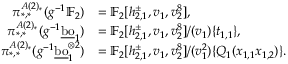
\begin{array} { r l } { \pi _ { * , * } ^ { A ( 2 ) _ { * } } ( g ^ { - 1 } \mathbb { F } _ { 2 } ) } & { = \mathbb { F } _ { 2 } [ h _ { 2 , 1 } ^ { \pm } , v _ { 1 } , v _ { 2 } ^ { 8 } ] , } \\ { \pi _ { * , * } ^ { A ( 2 ) _ { * } } ( g ^ { - 1 } \underline { { \mathrm { b o } } } _ { 1 } ) } & { = \mathbb { F } _ { 2 } [ h _ { 2 , 1 } ^ { \pm } , v _ { 1 } , v _ { 2 } ^ { 8 } ] / ( v _ { 1 } ) \{ t _ { 1 , 1 } \} , } \\ { \pi _ { * , * } ^ { A ( 2 ) _ { * } } ( g ^ { - 1 } \underline { { \mathrm { b o } } } _ { 1 } ^ { \otimes { 2 } } ) } & { = \mathbb { F } _ { 2 } [ h _ { 2 , 1 } ^ { \pm } , v _ { 1 } , v _ { 2 } ^ { 8 } ] / ( v _ { 1 } ^ { 2 } ) \{ Q _ { 1 } ( x _ { 1 , 1 } x _ { 1 , 2 } ) \} . } \end{array}